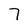
Character: 7